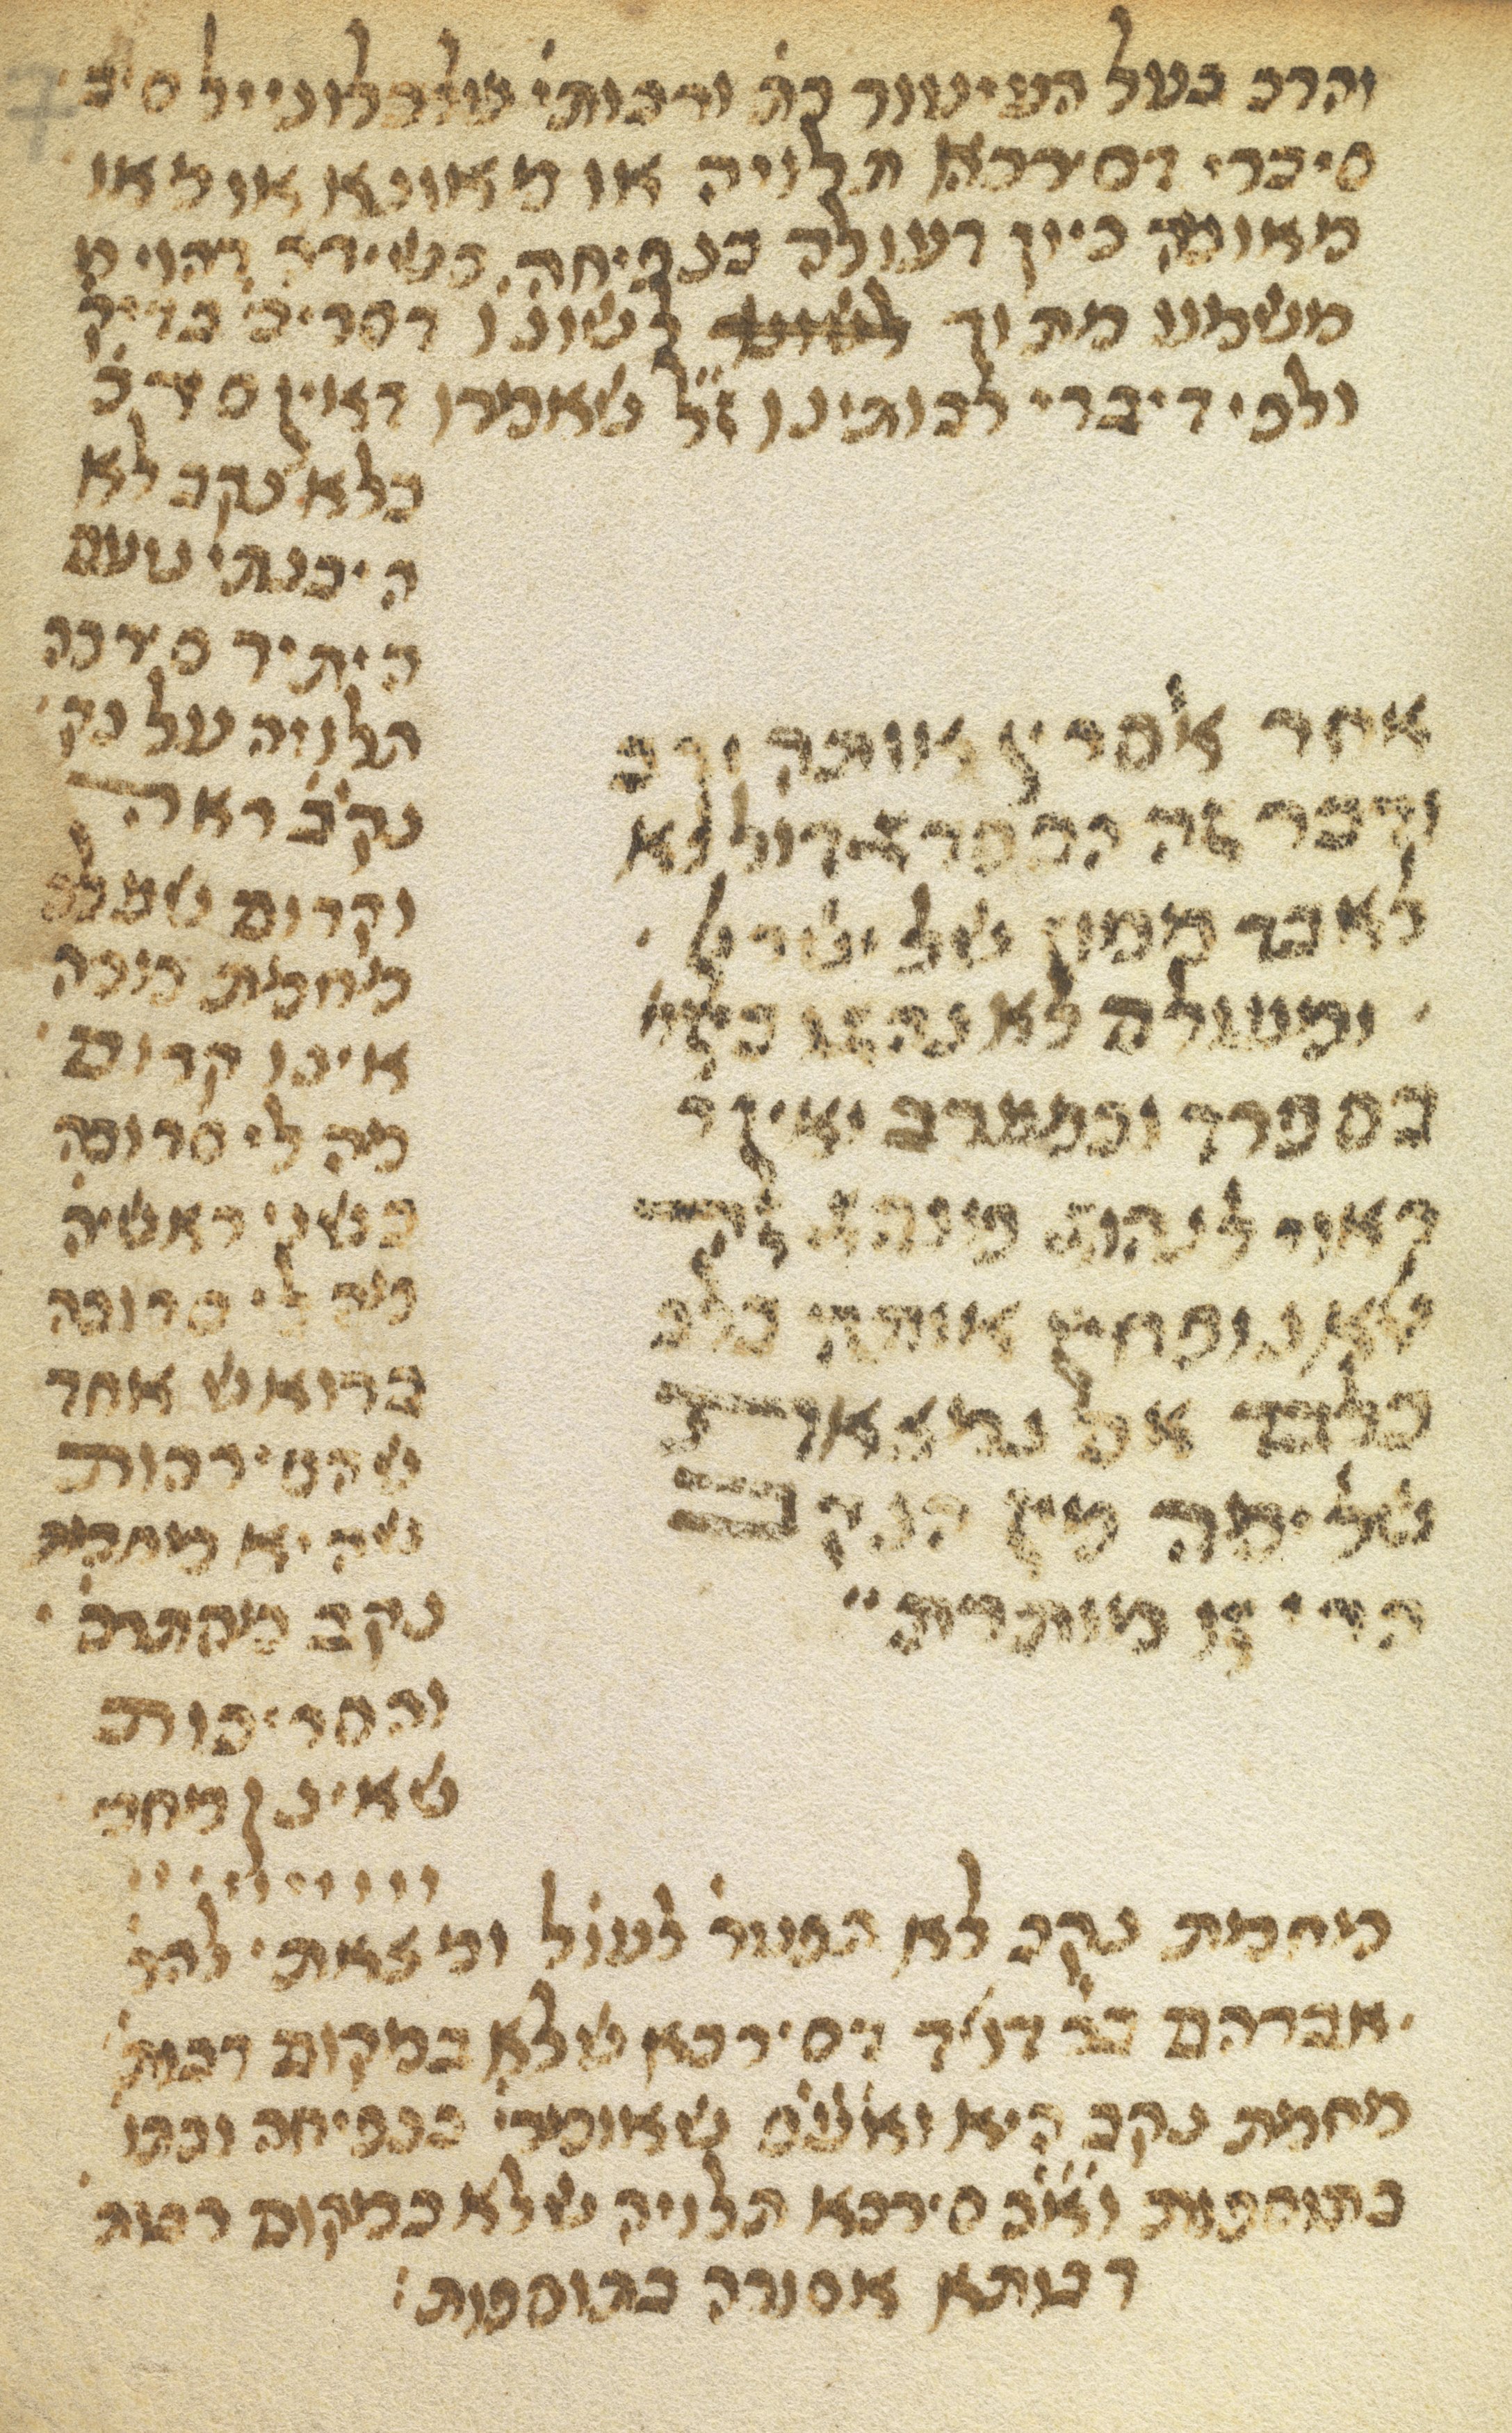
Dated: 1300–1399